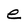
Character: e